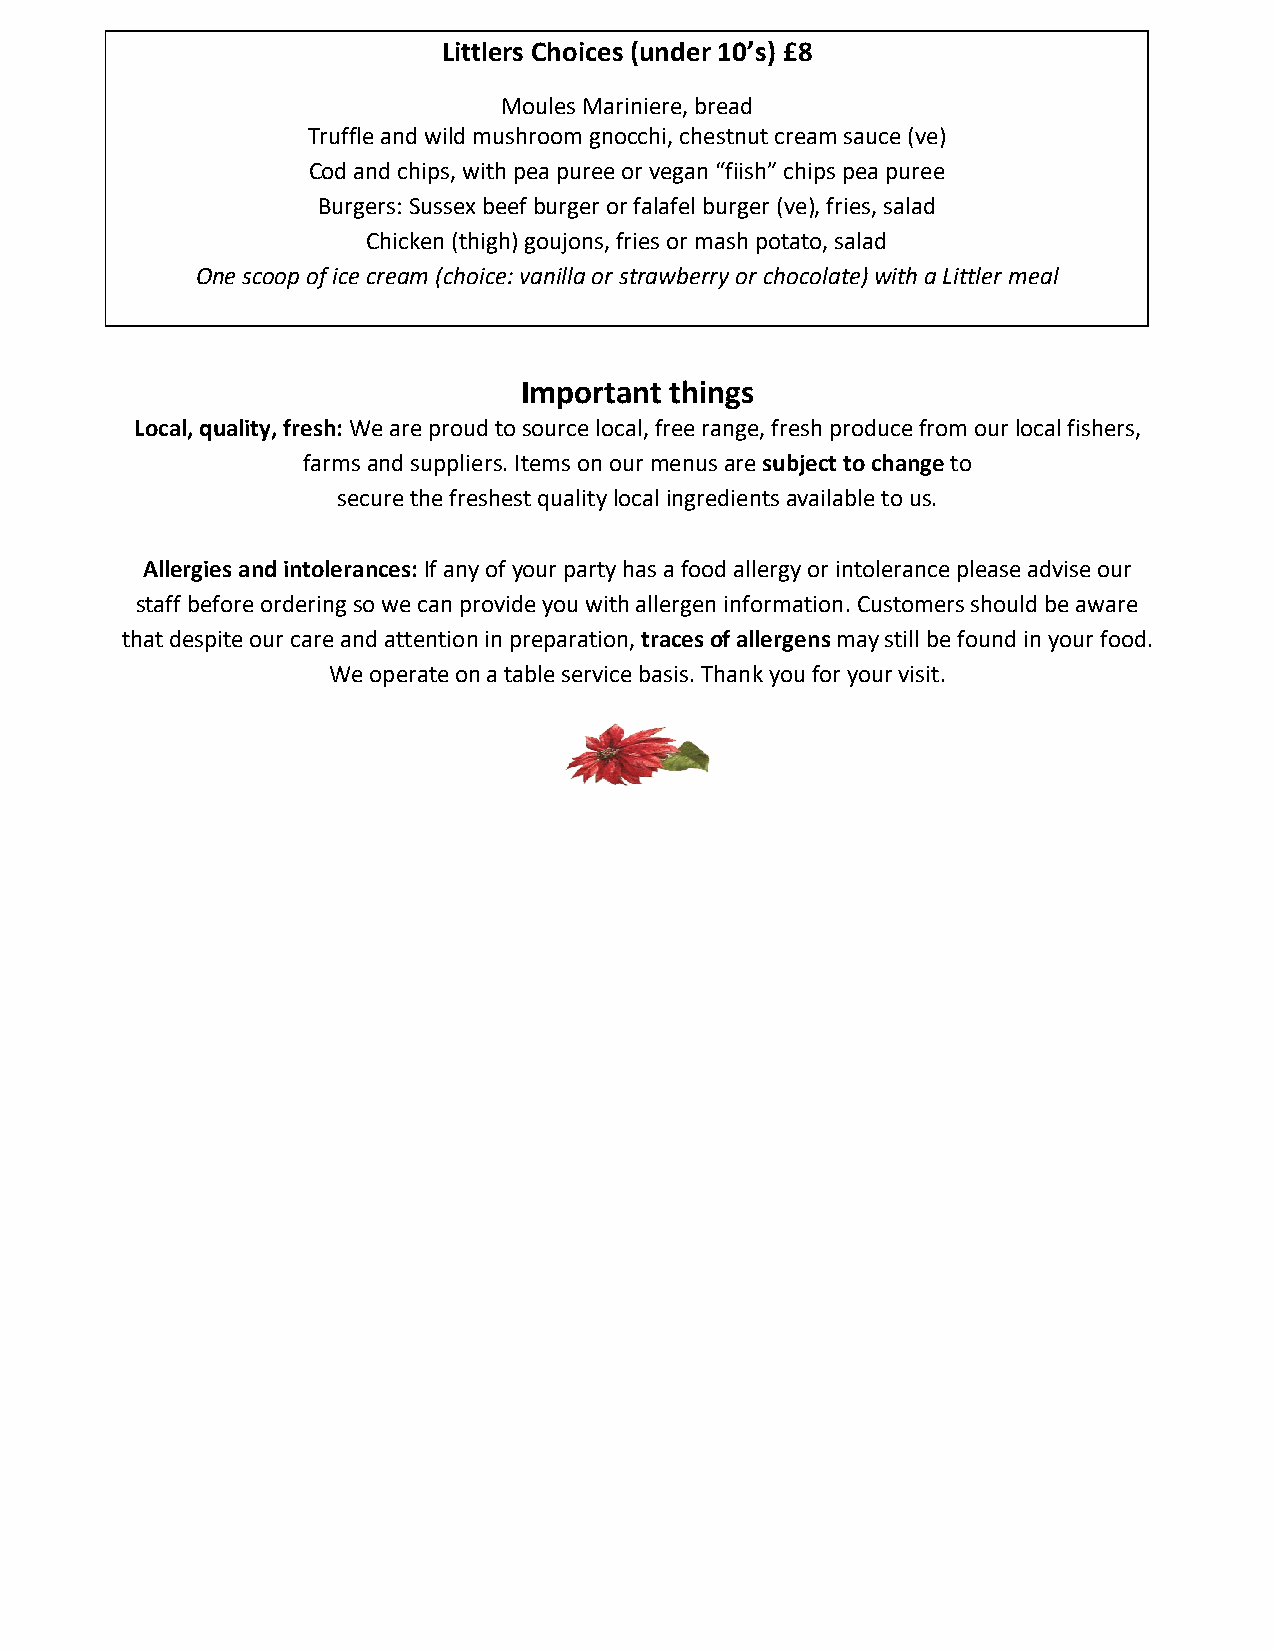
Littlers Choices (under 10’s) £8
 Moules Mariniere, bread
 Truffle and wild mushroom gnocchi, chestnut cream sauce (ve)
 Cod and chips, with pea puree or vegan “fiish” chips pea puree
 Burgers: Sussex beef burger or falafel burger (ve), fries, salad
 Chicken (thigh) goujons, fries or mash potato, salad
 One scoop of ice cream (choice: vanilla or strawberry or chocolate) with a Littler meal
 Important things
 Local, quality, fresh: We are proud to source local, free range, fresh produce from our local fishers,
 farms and suppliers. Items on our menus are subject to change to
 secure the freshest quality local ingredients available to us.
 Allergies and intolerances: If any of your party has a food allergy or intolerance please advise our
 staff before ordering so we can provide you with allergen information. Customers should be aware
 that despite our care and attention in preparation, traces of allergens may still be found in your food.
 We operate on a table service basis. Thank you for your visit.